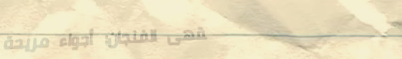
مقهى الفنجان: أجواء مريحة